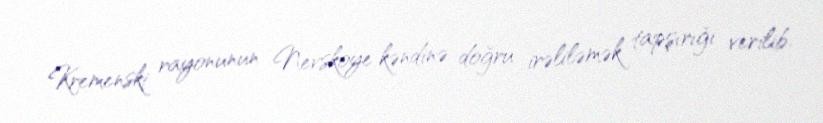
Kremenski rayonunun Nevskoye kəndinə doğru irəliləmək tapşırığı verilib.